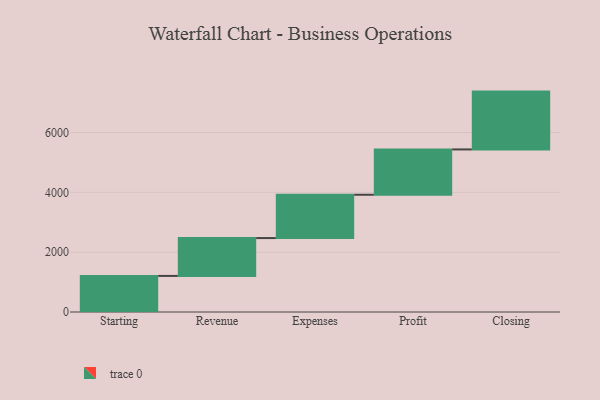
{"axis": {"x": "Step", "y": "Value"}, "legend": [""], "data": [{"x": "Starting", "y": 1206.0, "type": ""}, {"x": "Revenue", "y": 1265.0, "type": ""}, {"x": "Expenses", "y": 1448.0, "type": ""}, {"x": "Profit", "y": 1515.0, "type": ""}, {"x": "Closing", "y": 1933.0, "type": ""}]}